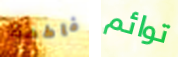
فاطمة توائم